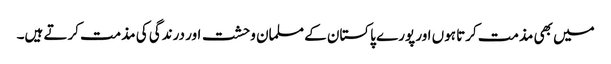
میں بھی مذمت کرتا ہوں اور پورے پاکستان کے مسلمان وحشت اور درندگی کی مذمت کرتے ہیں۔